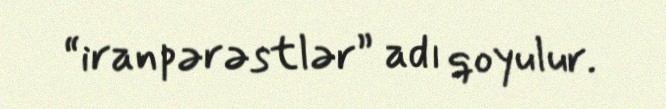
“iranpərəstlər” adı qoyulur.